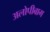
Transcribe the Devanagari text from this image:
अलोपीबाग